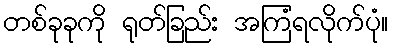
တစ်ခုခုကို ရုတ်ခြည်း အကြံရလိုက်ပုံ။